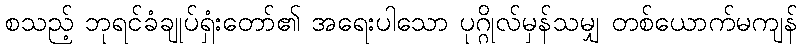
စသည့် ဘုရင်ခံချုပ်ရှံးတော်၏ အရေးပါသော ပုဂ္ဂိုလ်မှန်သမျှ တစ်ယောက်မကျန်